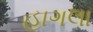
હાગલા